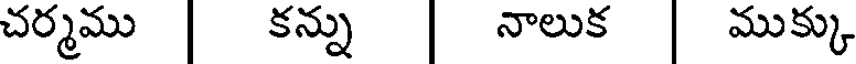
చర్మము కన్ను నాలుక ముక్కు